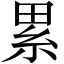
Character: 累